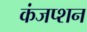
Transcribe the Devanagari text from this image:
कंजप्शन